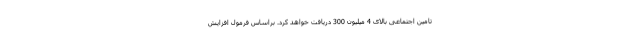
تامین اجتماعی بالای 4 میلیون 300 دریافت خواهد کرد. براساس فرمول افزایش